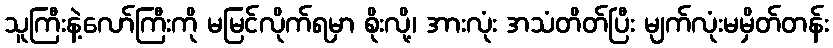
သူကြီးနဲ့လော်ကြီးကို မမြင်လိုက်ရမှာ စိုးလို့၊ အားလုံး အသံတိတ်ပြီး မျက်လုံးမမှိတ်တန်း